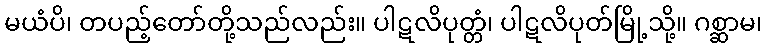
မယံပိ၊ တပည့်တော်တို့သည်လည်း။ ပါဋလိပုတ္တံ၊ ပါဋလိပုတ်မြို့သို့။ ဂစ္ဆာမ၊